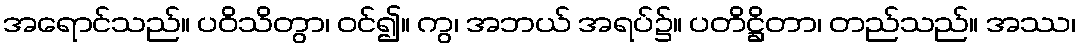
အရောင်သည်။ ပဝိသိတွာ၊ ဝင်၍။ ကွ၊ အဘယ် အရပ်၌။ ပတိဋ္ဌိတာ၊ တည်သည်။ အဿ၊